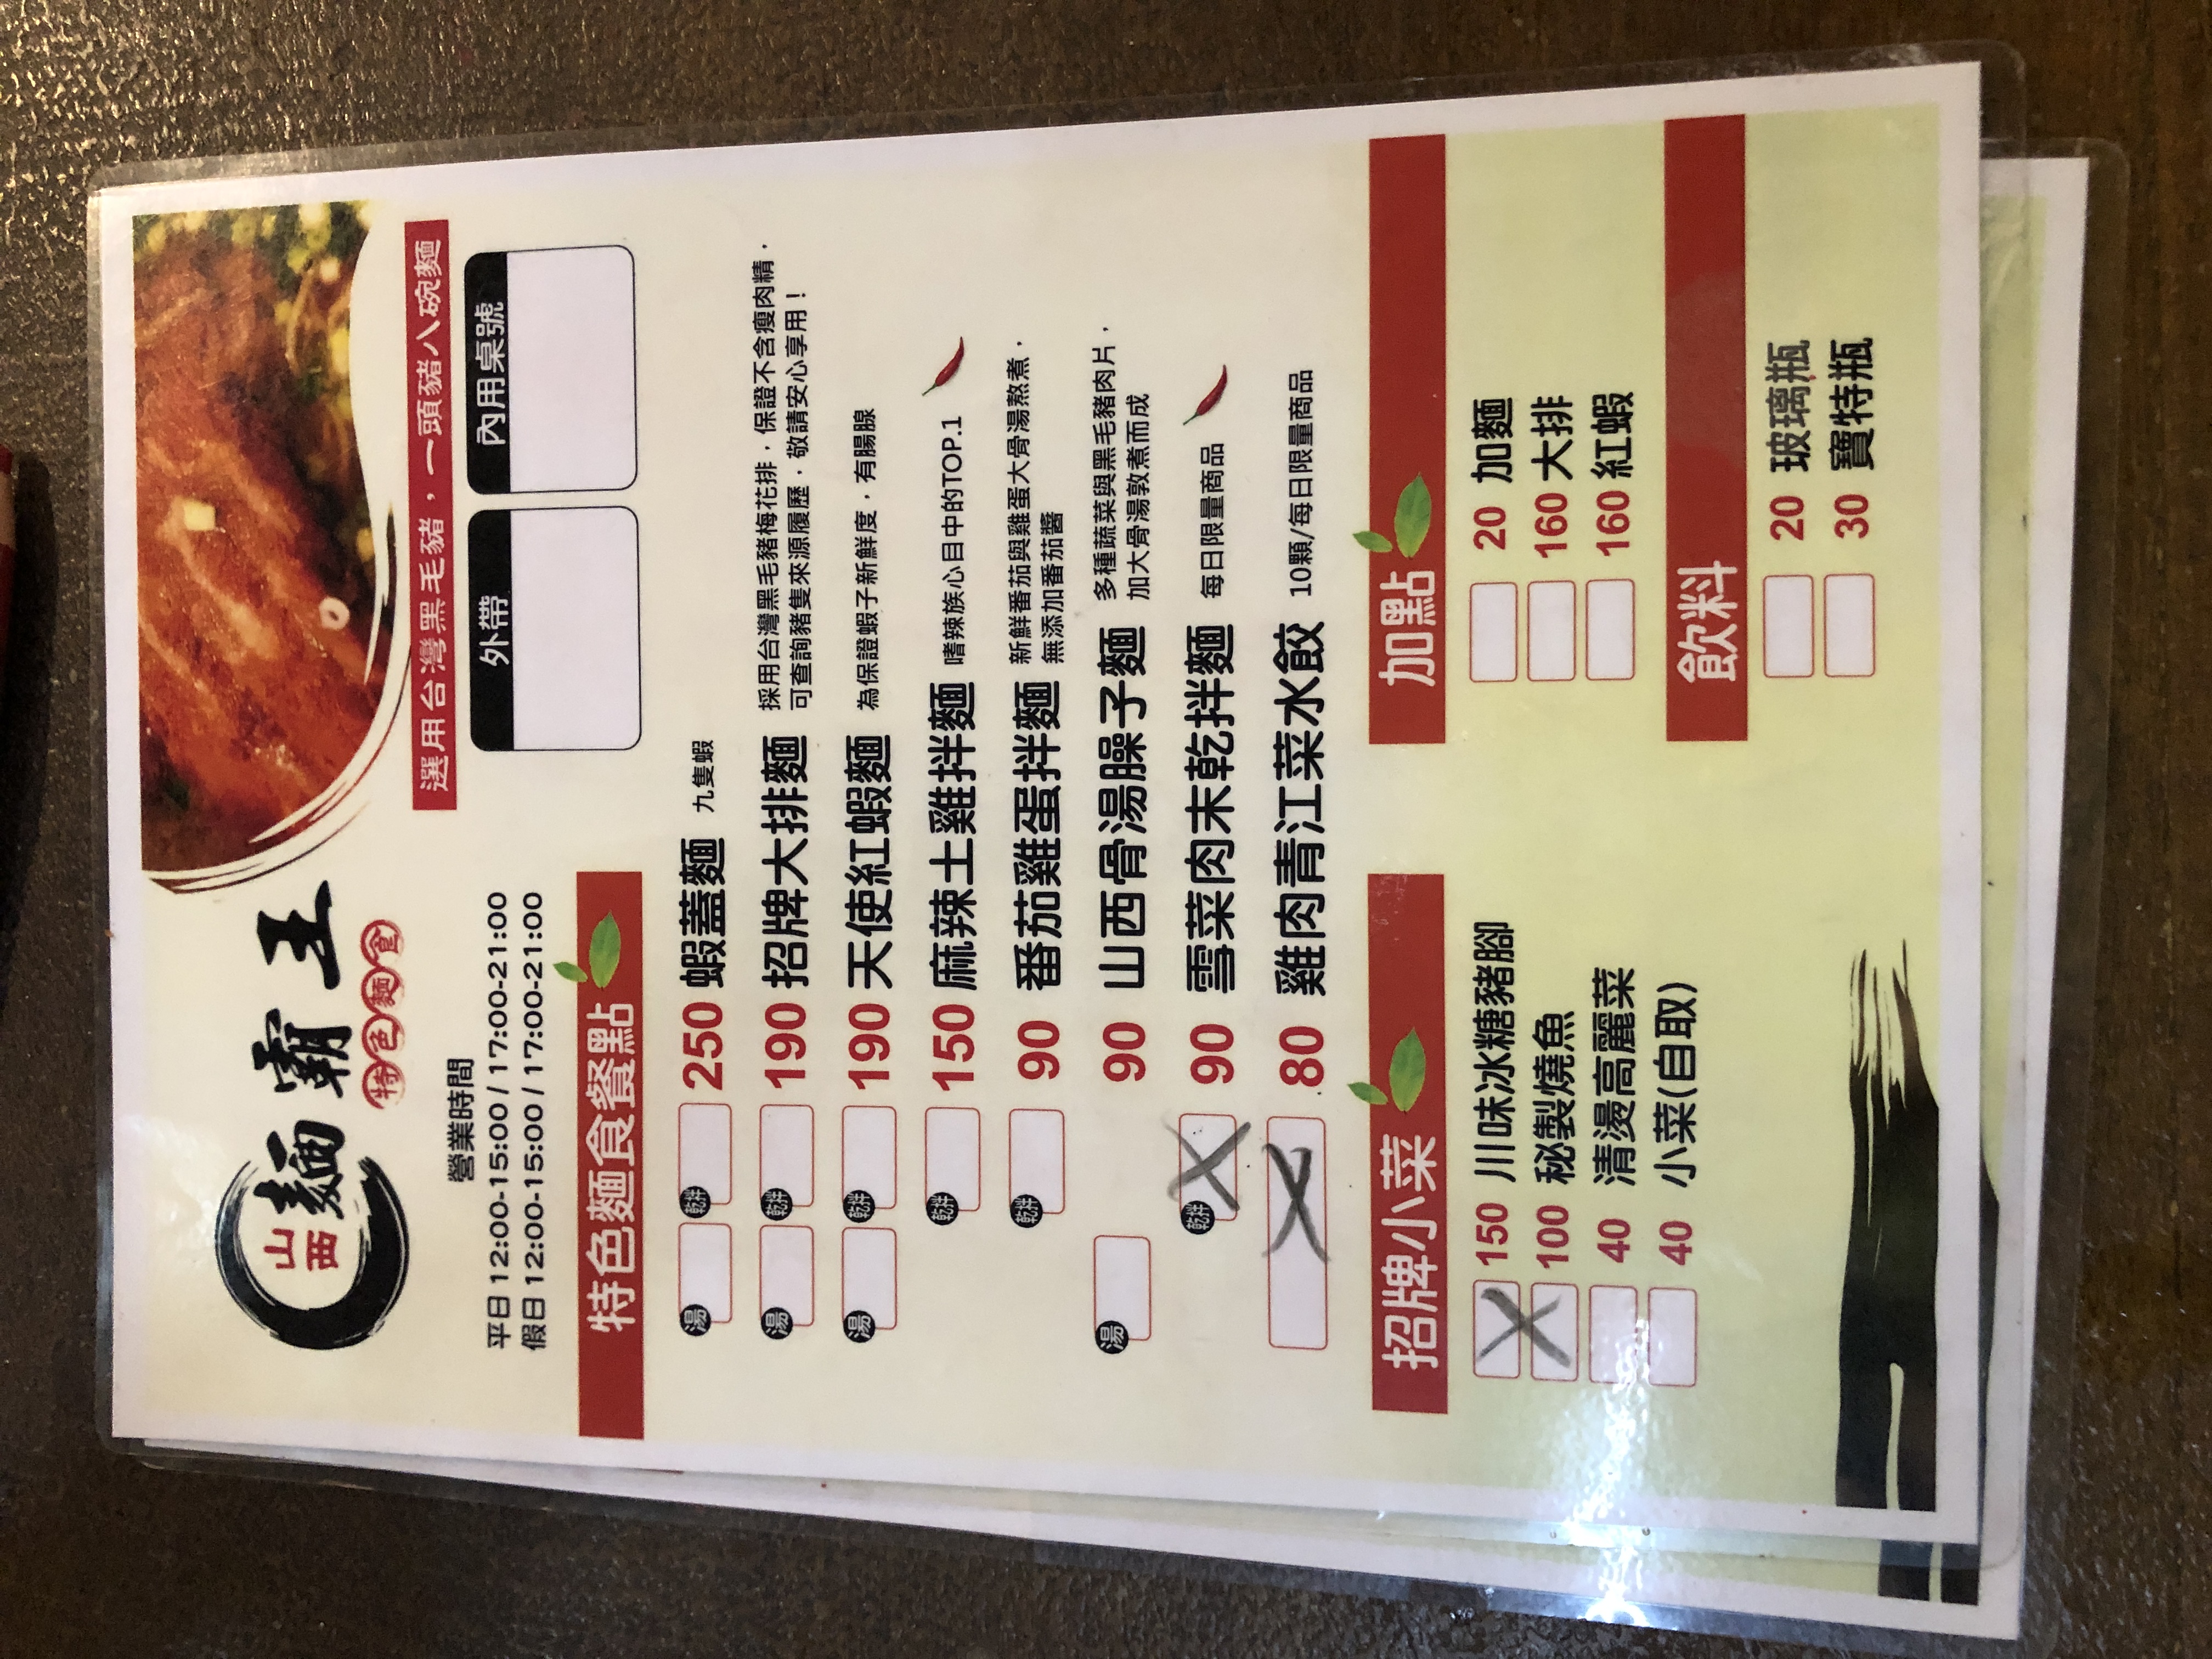
餐廳：山霸王
營業時間：平日 12:00-15:00 / 17:00-21:00 假日 12:00-15:00 / 17:00-21:00
菜單：
name: 蝦蓋麵
price: 250
name: 招牌大排麵
price: 190
name: 天使紅蝦麵
price: 190
name: 麻辣土雞拌麵
price: 150
name: 蒜泥雞蛋拌麵
price: 90
name: 山西骨湯臊子麵
price: 90
name: 雪菜肉末乾拌麵
price: 90
name: 雞肉青江菜水餃
price: 80
name: 川味冰糖豬腳
price: 150
name: 秘製燒魚
price: 100
name: 清燙高麗菜
price: 40
name: 小菜 (自取)
price: 40
name: 加麵
price: 20
name: 大排
price: 160
name: 紅蝦
price: 160
name: 玻璃瓶
price: 20
name: 寶特瓶
price: 30